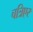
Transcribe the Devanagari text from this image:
चत्रिएर